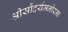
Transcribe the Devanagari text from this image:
श्रीसौंदर्यमनोरमा